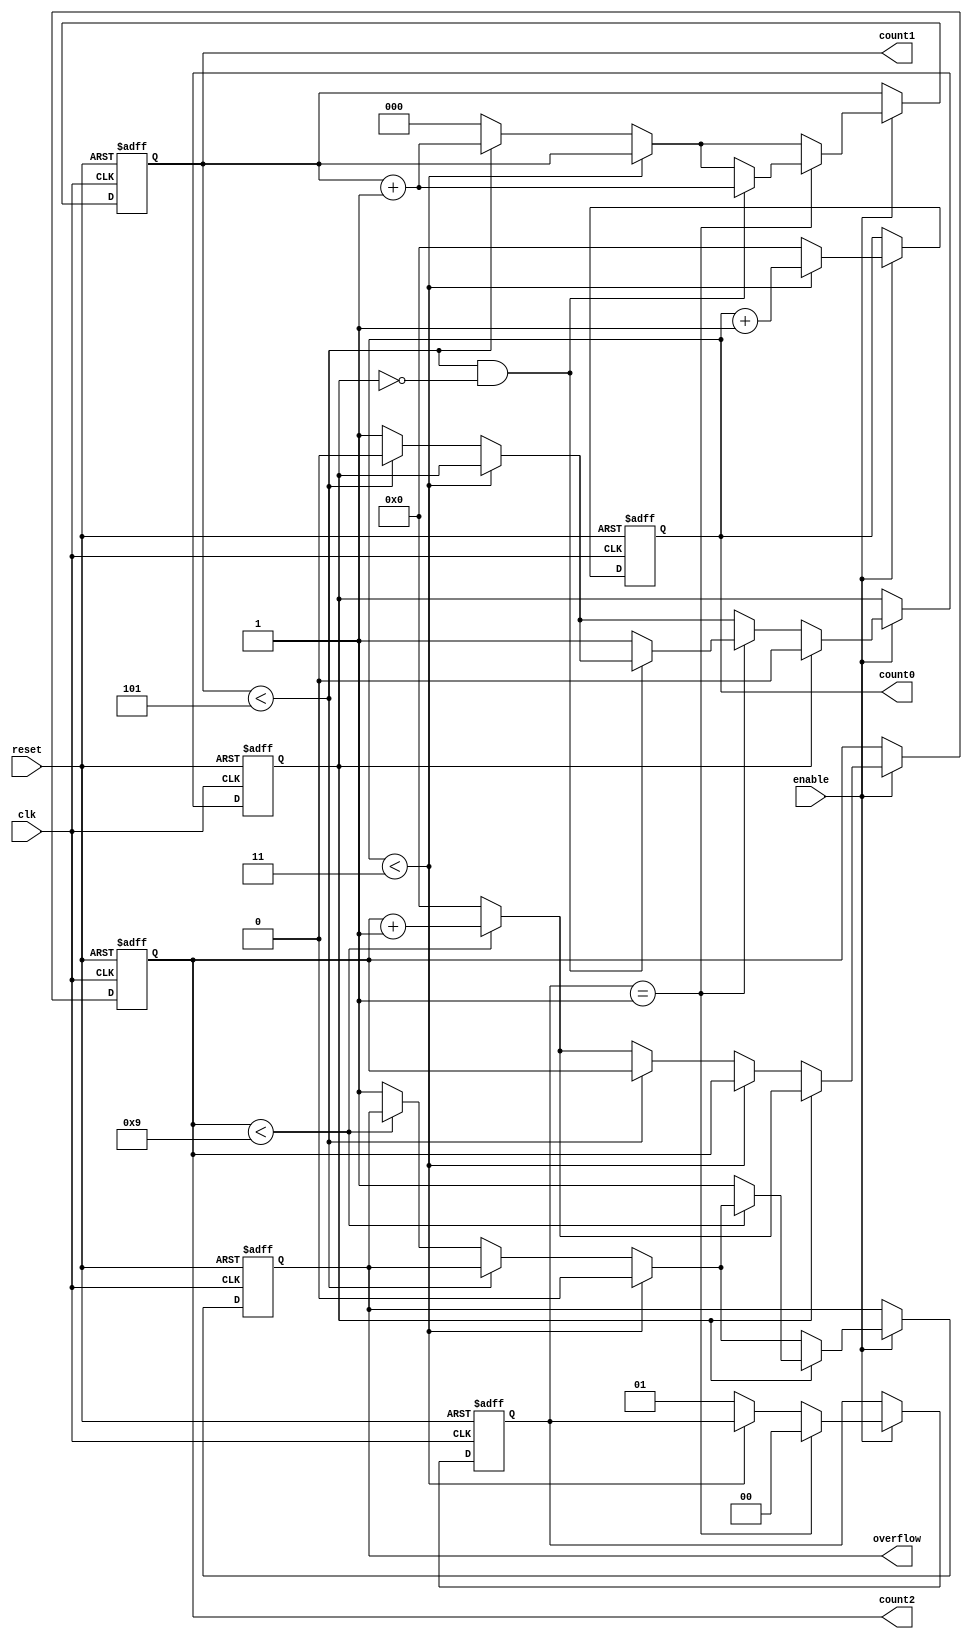
module MixedRadixCounter (
    input wire clk,            // Clock signal
    input wire reset,          // Asynchronous reset
    input wire enable,         // Enable signal
    output reg [3:0] count0,   // Count output for stage 0
    output reg [2:0] count1,   // Count output for stage 1
    output reg [3:0] count2,   // Count output for stage 2
    output reg overflow        // Overflow signal
);

    // Specify the radices for each stage
    parameter R0 = 4;  // Radix for stage 0 (0 to 3)
    parameter R1 = 6;  // Radix for stage 1 (0 to 5)
    parameter R2 = 10; // Radix for stage 2 (0 to 9)

    // Internal overflow flag
    reg [1:0] stage0_overflow;
    reg stage1_overflow;

    // Counter process
    always @(posedge clk or posedge reset) begin
        if (reset) begin
            // Initialize the counters and overflow
            count0 <= 0;
            count1 <= 0;
            count2 <= 0;
            overflow <= 0;
            stage0_overflow <= 0;
            stage1_overflow <= 0;
        end else if (enable) begin
            // Stage 0 counting
            if (count0 < R0 - 1) begin
                count0 <= count0 + 1;
                overflow <= 0;  // No overflow if not exceeding limit
            end else begin
                count0 <= 0;    // Reset current stage
                stage0_overflow <= 1; // Mark that stage 0 overflowed
                
                // Stage 1 counting
                if (count1 < R1 - 1) begin
                    count1 <= count1 + 1;
                    stage1_overflow <= 0; // No overflow if not exceeding limit
                end else begin
                    count1 <= 0; // Reset current stage
                    stage1_overflow <= 1; // Mark that stage 1 overflowed

                    // Stage 2 counting
                    if (count2 < R2 - 1) begin
                        count2 <= count2 + 1;
                    end else begin
                        count2 <= 0; // Reset current stage
                        overflow <= 1; // Signal an overflow to the system if stage 2 overflows
                    end
                end
            end
            
            // If stage 0 overflowed, increment stage 1
            if (stage0_overflow == 1) begin
                stage0_overflow <= 0; // Reset overflow flag
                if (count1 < R1 - 1 && stage1_overflow == 0) begin
                    count1 <= count1 + 1;
                end else if (stage1_overflow == 0) begin
                    stage1_overflow <= 1; // Mark that stage 1 overflowed
                end
            end
            
            // If stage 1 overflowed, increment stage 2
            if (stage1_overflow) begin
                stage1_overflow <= 0; // Reset overflow flag
                if (count2 < R2 - 1) begin
                    count2 <= count2 + 1;
                end else begin
                    count2 <= 0; // Reset stage 2 on overflow
                    overflow <= 1; // Indicate an overflow in system
                end
            end
        end
    end
endmodule